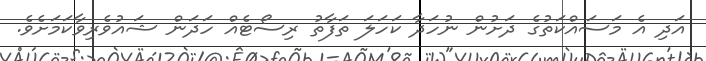
އަދި އެ މަސައްކަތުގެ ދަށުން ނުހަދާ ކަހަލަ ތަފާތު ރިސޯޓެއް ހަދަން ޝައުވެރިވާކަމަށެވެ.